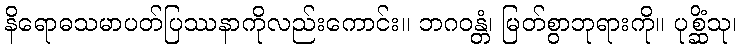
နိရောဓသမာပတ်ပြဿနာကိုလည်းကောင်း။ ဘဂဝန္တံ၊ မြတ်စွာဘုရားကို။ ပုစ္ဆိံသု၊